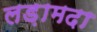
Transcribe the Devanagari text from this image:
लड़ामदा